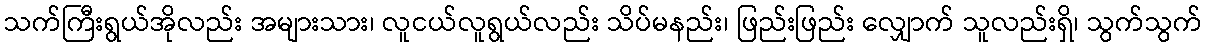
သက်ကြီးရွယ်အိုလည်း အများသား၊ လူငယ်လူရွယ်လည်း သိပ်မနည်း၊ ဖြည်းဖြည်း လျှောက် သူလည်းရှိ၊ သွက်သွက်